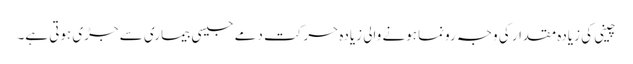
چینی کی زیادہ مقدار کی وجہ رونما ہونے والی زیادہ حرکت دمے جیسی بیماری سے جڑی ہوتی ہے۔